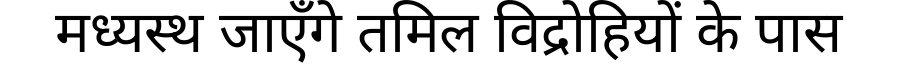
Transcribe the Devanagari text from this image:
मध्यस्थ जाएँगे तमिल विद्रोहियों के पास